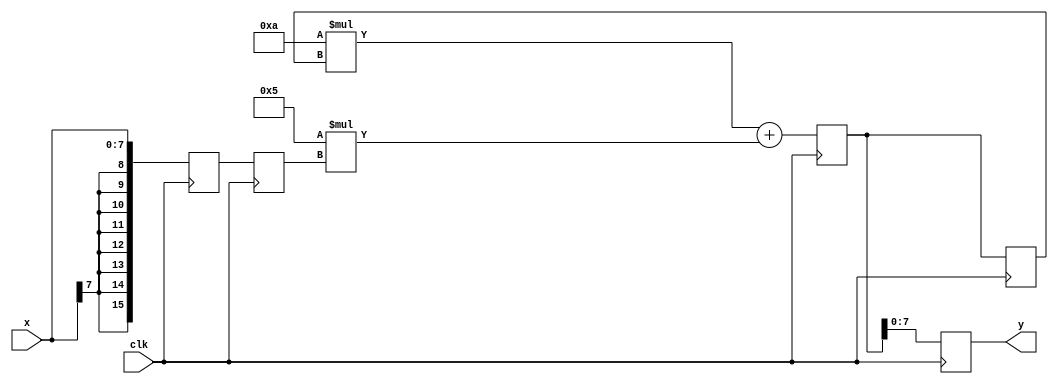
`timescale 1ns/1ns
module BiquadFilter(
    input clk,
    input signed [7:0] x,
    output reg signed [7:0] y
);

    reg signed [15:0] yreg0, yreg1, yreg2;
    reg signed [15:0] xreg0, xreg1;
    parameter signed [7:0] a = 10;
    parameter signed [7:0] b = 5;

    always @(posedge clk) 
    begin
        xreg0 <= x;  //     xreg0
        yreg0 <= (a * yreg1) + (b * xreg1);  //  yk+1
        y <= yreg0[7:0];  //   y  

        //     
        xreg1 <= xreg0;
        yreg2 <= yreg1;
        yreg1 <= yreg0;
    end
endmodule